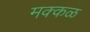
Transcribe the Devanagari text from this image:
मक्कळ